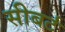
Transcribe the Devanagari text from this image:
सीबर्ट